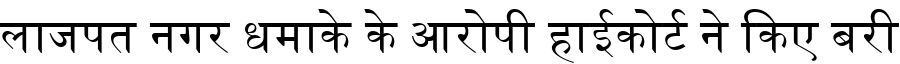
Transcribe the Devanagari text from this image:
लाजपत नगर धमाके के आरोपी हाईकोर्ट ने किए बरी